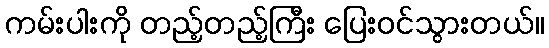
ကမ်းပါးကို တည့်တည့်ကြီး ပြေးဝင်သွားတယ်။